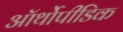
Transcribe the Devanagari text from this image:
ऑर्थोपीडिक